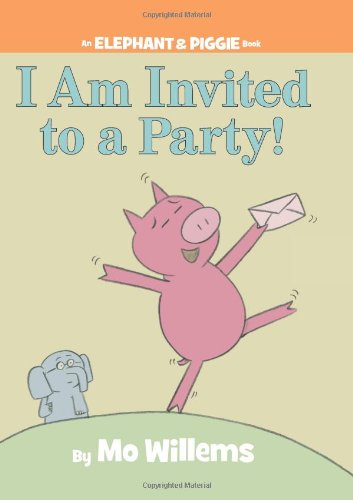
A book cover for I Am Invited to a Party! (An Elephant and Piggie Book); Mo Willems; Children's Books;